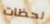
لحظات